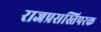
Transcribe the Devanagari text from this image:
राजप्रसस्तिपरक